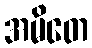
အမိတေ